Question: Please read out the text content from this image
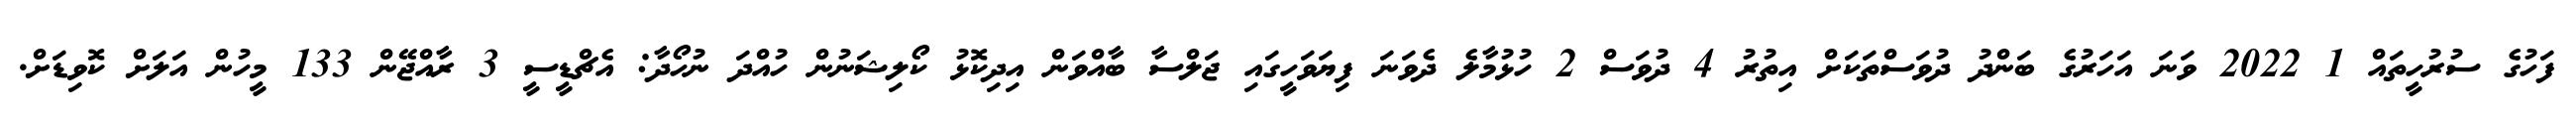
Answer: ފަހުގެ ސުރުހީތައް 1 2022 ވަނަ އަހަރުގެ ބަންދު ދުވަސްތަކަށް އިތުރު 4 ދުވަސް 2 ހުޅުމާލެ ދެވަނަ ފިޔަވަހީގައި ޖަލްސާ ބާއްވަން އިދިކޮޅު ކޯލިޝަނުން ހުއްދަ ނުހޯދާ: އެޗްޑީސީ 3 ރާއްޖޭން 133 މީހުން އަލަށް ކޮވިޑަށް.